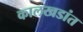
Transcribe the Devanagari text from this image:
कालखडांत